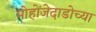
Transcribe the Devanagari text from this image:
मोहोंजेदाडोच्या